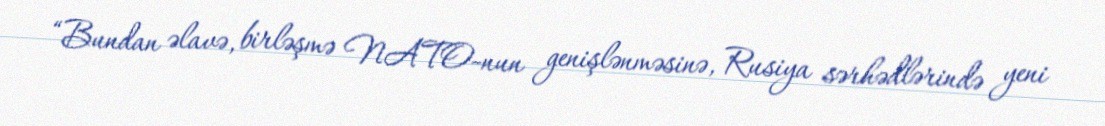
“Bundan əlavə, birləşmə NATO-nun genişlənməsinə, Rusiya sərhədlərində yeni